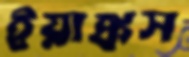
ইয়াঙ্কস